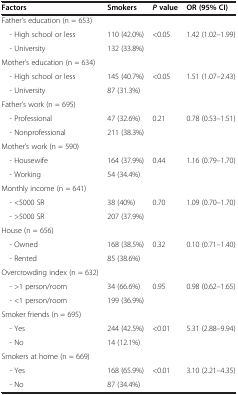
<table><thead><tr><td><b>Factors</b></td><td><b>Smokers</b></td><td><b><i>P </i>value</b></td><td><b>OR (95% CI)</b></td></tr></thead><tbody><tr><td>Father’s education (n = 653)</td><td> </td><td> </td><td> </td></tr><tr><td> - High school or less</td><td>110 (42.0%)</td><td>&lt;0.05</td><td>1.42 (1.02–1.99)</td></tr><tr><td> - University</td><td>132 (33.8%)</td><td> </td><td> </td></tr><tr><td>Mother’s education (n = 634)</td><td> </td><td> </td><td> </td></tr><tr><td> - High school or less</td><td>145 (40.7%)</td><td>&lt;0.05</td><td>1.51 (1.07–2.43)</td></tr><tr><td> - University</td><td>87 (31.3%)</td><td> </td><td> </td></tr><tr><td>Father’s work (n = 695)</td><td> </td><td> </td><td> </td></tr><tr><td> - Professional</td><td>47 (32.6%)</td><td>0.21</td><td>0.78 (0.53–1.51)</td></tr><tr><td> - Nonprofessional</td><td>211 (38.3%)</td><td> </td><td> </td></tr><tr><td>Mother’s work (n = 590)</td><td> </td><td> </td><td> </td></tr><tr><td> - Housewife</td><td>164 (37.9%)</td><td>0.44</td><td>1.16 (0.79–1.70)</td></tr><tr><td> - Working</td><td>54 (34.4%)</td><td> </td><td> </td></tr><tr><td>Monthly income (n = 641)</td><td> </td><td> </td><td> </td></tr><tr><td> - &lt;5000 SR</td><td>38 (40%)</td><td>0.70</td><td>1.09 (0.70–1.70)</td></tr><tr><td> - &gt;5000 SR</td><td>207 (37.9%)</td><td> </td><td> </td></tr><tr><td>House (n = 656)</td><td> </td><td> </td><td> </td></tr><tr><td> - Owned</td><td>168 (38.5%)</td><td>0.32</td><td>0.10 (0.71–1.40)</td></tr><tr><td> - Rented</td><td>85 (38.6%)</td><td> </td><td> </td></tr><tr><td>Overcrowding index (n = 632)</td><td> </td><td> </td><td> </td></tr><tr><td> - &gt;1 person/room</td><td>34 (66.6%)</td><td>0.95</td><td>0.98 (0.62–1.65)</td></tr><tr><td> - &lt;1 person/room</td><td>199 (36.9%)</td><td> </td><td> </td></tr><tr><td>Smoker friends (n = 695)</td><td> </td><td> </td><td> </td></tr><tr><td> - Yes</td><td>244 (42.5%)</td><td>&lt;0.01</td><td>5.31 (2.88–9.94)</td></tr><tr><td> - No</td><td>14 (12.1%)</td><td> </td><td> </td></tr><tr><td>Smokers at home (n = 669)</td><td> </td><td> </td><td> </td></tr><tr><td> - Yes</td><td>168 (65.9%)</td><td>&lt;0.01</td><td>3.10 (2.21–4.35)</td></tr><tr><td> - No</td><td>87 (34.4%)</td><td> </td><td> </td></tr></tbody></table>